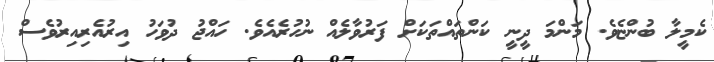
ކެމީލާ ބުންޏެވެ. މަންމަ ދީނީ ކަންތައްތަކަށް ފަރުވާލެއް ނުހުރެއެވެ. ހައްޖު ދުވަހު އިރުއެރިއިރުވެސް